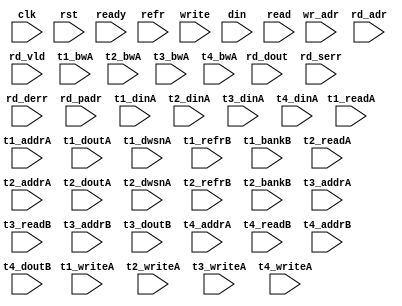
/*
 * Copyright (C) 2011 Memoir Systems Inc. These coded instructions, statements, and computer programs are
 * Confidential Proprietary Information of Memoir Systems Inc. and may not be disclosed to third parties
 * or copied in any form, in whole or in part, without the prior written consent of Memoir Systems Inc.
 * 
 * */

module algo_2r1w_a82_sva_wrap
#(parameter IP_WIDTH = 32, parameter IP_BITWIDTH = 5, parameter IP_DECCBITS = 7, parameter IP_NUMADDR = 8192, parameter IP_BITADDR = 13, 
parameter IP_NUMVBNK = 4,	parameter IP_BITVBNK = 2, parameter IP_BITPBNK = 3,
parameter IP_ENAEXT = 0, parameter IP_ENAECC = 0, parameter IP_ENAPAR = 0, parameter IP_SECCBITS = 4, parameter IP_SECCDWIDTH = 3, 
parameter FLOPECC = 0, parameter FLOPIN = 0, parameter FLOPOUT = 0, parameter FLOPCMD = 0, parameter FLOPMEM = 0,
parameter IP_REFRESH = 1, parameter IP_REFFREQ = 6,  parameter IP_REFFRHF = 0,

parameter T1_WIDTH = 32, parameter T1_NUMVBNK = 4, parameter T1_BITVBNK = 2, parameter T1_DELAY = 2, parameter T1_NUMVROW = 2048, parameter T1_BITVROW = 11,
parameter T1_BITWSPF = 0, parameter T1_NUMWRDS = 1, parameter T1_BITWRDS = 0, parameter T1_NUMSROW = 2048, parameter T1_BITSROW = 11, parameter T1_PHYWDTH = 32,

parameter T1_IP_WIDTH = 32, parameter T1_IP_BITWIDTH = 5, parameter T1_IP_NUMADDR = 2048, parameter T1_IP_BITADDR = 11, parameter T1_IP_NUMVBNK = 4, parameter T1_IP_BITVBNK = 2,
parameter T1_IP_SECCBITS = 4, parameter T1_IP_SECCDWIDTH = 2, parameter T1_FLOPIN = 0, parameter T1_FLOPOUT = 0, parameter T1_FLOPMEM = 0,
parameter T1_IP_REFRESH = 1, parameter T1_IP_REFFREQ = 21, parameter T1_IP_REFFRHF = 0, parameter T1_IP_BITPBNK = 2,

parameter T1_T1_WIDTH = 32, parameter T1_T1_NUMVBNK = 4, parameter T1_T1_BITVBNK = 2, parameter T1_T1_DELAY = 2, parameter T1_T1_NUMVROW = 512, parameter T1_T1_BITVROW = 9,
parameter T1_T1_BITWSPF = 0, parameter T1_T1_NUMWRDS = 1, parameter T1_T1_BITWRDS = 0, parameter T1_T1_NUMSROW = 512, parameter T1_T1_BITSROW = 9, parameter T1_T1_PHYWDTH = 32,
parameter T1_T1_NUMRBNK = 8, parameter T1_T1_BITRBNK = 3, parameter T1_T1_NUMRROW = 64, parameter T1_T1_BITRROW = 6, parameter T1_T1_NUMPROW = 512, parameter T1_T1_BITPROW = 9,
parameter T1_T1_BITDWSN = 8, 
parameter T1_T1_NUMDWS0 = 0, parameter T1_T1_NUMDWS1 = 0, parameter T1_T1_NUMDWS2 = 0, parameter T1_T1_NUMDWS3 = 0,
parameter T1_T1_NUMDWS4 = 0, parameter T1_T1_NUMDWS5 = 0, parameter T1_T1_NUMDWS6 = 0, parameter T1_T1_NUMDWS7 = 0,
parameter T1_T1_NUMDWS8 = 0, parameter T1_T1_NUMDWS9 = 0, parameter T1_T1_NUMDWS10 = 0, parameter T1_T1_NUMDWS11 = 0,
parameter T1_T1_NUMDWS12 = 0, parameter T1_T1_NUMDWS13 = 0, parameter T1_T1_NUMDWS14 = 0, parameter T1_T1_NUMDWS15 = 0,

parameter T1_T2_WIDTH = 32, parameter T1_T2_NUMVBNK = 4, parameter T1_T2_BITVBNK = 2, parameter T1_T2_DELAY = 2, parameter T1_T2_NUMVROW = 512, parameter T1_T2_BITVROW = 9,
parameter T1_T2_BITWSPF = 0, parameter T1_T2_NUMWRDS = 1, parameter T1_T2_BITWRDS = 1, parameter T1_T2_NUMSROW = 512, parameter T1_T2_BITSROW = 9, parameter T1_T2_PHYWDTH = 32,
parameter T1_T2_NUMRBNK = 8, parameter T1_T2_BITRBNK = 3, parameter T1_T2_NUMRROW = 64, parameter T1_T2_BITRROW = 6, parameter T1_T2_NUMPROW = 512, parameter T1_T2_BITPROW = 9,
//Not delcaring DWSN for T1_T2

parameter T3_WIDTH = 32, parameter T3_NUMVBNK = 6, parameter T3_BITVBNK = 3, parameter T3_DELAY = 1, parameter T3_NUMVROW = 2048, parameter T3_BITVROW = 11,
parameter T3_BITWSPF = 0, parameter T3_NUMWRDS = 1, parameter T3_BITWRDS = 0, parameter T3_NUMSROW = 2048, parameter T3_BITSROW = 11, parameter T3_PHYWDTH = 32,

parameter T2_WIDTH = 10, parameter T2_NUMVBNK = 6, parameter T2_BITVBNK = 3, parameter T2_DELAY = 1, parameter T2_NUMVROW = 2048, parameter T2_BITVROW = 11,
parameter T2_BITWSPF = 0, parameter T2_NUMWRDS = 1, parameter T2_BITWRDS = 0, parameter T2_NUMSROW = 2048, parameter T2_BITSROW = 11, parameter T2_PHYWDTH = 10)
( clk,  rst,  ready,  refr,
  write,   wr_adr,   din,
  read,   rd_adr,   rd_dout,   rd_vld,   rd_serr,   rd_derr,   rd_padr,
  t1_readA,   t1_writeA,   t1_addrA,   t1_dinA,   t1_bwA,   t1_doutA,   t1_dwsnA,
  t1_refrB,   t1_bankB,
  t2_readA,   t2_writeA,   t2_addrA,   t2_dinA,   t2_bwA,   t2_doutA,   t2_dwsnA,
  t2_refrB,   t2_bankB,
  t3_writeA,   t3_addrA,   t3_dinA,   t3_bwA,   
  t3_readB,   t3_addrB,   t3_doutB,
  t4_writeA,   t4_addrA,   t4_dinA,   t4_bwA,   
  t4_readB,   t4_addrB,   t4_doutB);
  
  
  parameter NUMRDPT = 2;
  parameter NUMRWPT = 0;
  parameter NUMWRPT = 1;
  
  parameter WIDTH = IP_WIDTH;
  parameter BITWDTH = IP_BITWIDTH;
  parameter ENAEXT = IP_ENAEXT;
  parameter ENAPAR = IP_ENAPAR;
  parameter ENAECC = IP_ENAECC;
  parameter ECCWDTH = IP_DECCBITS;
  parameter NUMADDR = IP_NUMADDR;
  parameter BITADDR = IP_BITADDR;
  parameter NUMVROW1 = T1_NUMVROW;  // ALGO1 Parameters
  parameter BITVROW1 = T1_BITVROW;
  parameter NUMVBNK1 = IP_NUMVBNK;
  parameter BITVBNK1 = IP_BITVBNK;
  parameter BITPBNK1 = IP_BITPBNK;
  parameter FLOPIN1 = FLOPIN;
  parameter FLOPOUT1 = FLOPOUT;
  parameter NUMWRDS1 = 1;     // ALIGN Parameters
  parameter BITWRDS1 = 0;
  parameter NUMSROW1 = T1_NUMSROW;
  parameter BITSROW1 = T1_BITVROW;
  parameter PHYWDTH1 = IP_WIDTH;
  parameter NUMVROW2 = T1_T1_NUMVROW;   // ALGO2 Parameters
  parameter BITVROW2 = T1_T1_BITVROW;
  parameter NUMVBNK2 = T1_IP_NUMVBNK;
  parameter BITVBNK2 = T1_IP_BITVBNK;
  parameter BITPBNK2 = T1_IP_BITPBNK;
  parameter FLOPIN2 = 1;
  parameter FLOPOUT2 = 1;
  parameter NUMWRDS2 = T1_T1_NUMWRDS;     // ALIGN Parameters
  parameter BITWRDS2 = T1_T1_BITWRDS;
  parameter NUMSROW2 = T1_T1_NUMSROW;
  parameter BITSROW2 = T1_T1_BITSROW;
  parameter PHYWDTH2 = T1_T1_PHYWDTH;
  parameter REFRESH = IP_REFRESH;      // REFRESH Parameters 
  parameter NUMRBNK = T1_T1_NUMRBNK;
  parameter BITWSPF = T1_T1_BITWSPF;
  parameter BITRBNK = T1_T1_BITRBNK;
  parameter REFLOPW = 0;
  parameter NUMRROW = T1_T1_NUMRROW;
  parameter BITRROW = T1_T1_BITRROW;
  parameter REFFREQ = IP_REFFREQ;
  parameter REFFRHF = IP_REFFRHF;
  
  parameter BITDWSN = T1_T1_BITDWSN;        //DWSN Parameters
  parameter NUMDWS0 = T1_T1_NUMDWS0;
  parameter NUMDWS1 = T1_T1_NUMDWS1;
  parameter NUMDWS2 = T1_T1_NUMDWS2;
  parameter NUMDWS3 = T1_T1_NUMDWS3;
  parameter NUMDWS4 = T1_T1_NUMDWS4;
  parameter NUMDWS5 = T1_T1_NUMDWS5;
  parameter NUMDWS6 = T1_T1_NUMDWS6;
  parameter NUMDWS7 = T1_T1_NUMDWS7;
  parameter NUMDWS8 = T1_T1_NUMDWS8;
  parameter NUMDWS9 = T1_T1_NUMDWS9;
  parameter NUMDWS10 = T1_T1_NUMDWS10;
  parameter NUMDWS11 = T1_T1_NUMDWS11;
  parameter NUMDWS12 = T1_T1_NUMDWS12;
  parameter NUMDWS13 = T1_T1_NUMDWS13;
  parameter NUMDWS14 = T1_T1_NUMDWS14;
  parameter NUMDWS15 = T1_T1_NUMDWS15;
  
  parameter ECCBITS = IP_SECCBITS;
  parameter SRAM_DELAY = T2_DELAY;
  parameter DRAM_DELAY = T1_T1_DELAY;

  parameter MEMWDTH = ENAEXT ? WIDTH : ENAPAR ? WIDTH+1 : ENAECC ? WIDTH+ECCWDTH : WIDTH;
  parameter BITPADR2 = BITPBNK2+BITSROW2+BITWRDS2;
  parameter BITPADR1 = BITPBNK1+BITPADR2+1;

  parameter SDOUT_WIDTH = 2*(BITVBNK1+1)+ECCBITS;
  parameter NUMCASH = NUMRDPT+NUMRWPT+NUMWRPT-1;

  input                                            refr;

  input  [NUMWRPT - 1:0]            write; 
  input  [NUMWRPT* BITADDR - 1:0]     wr_adr; 
  input  [NUMWRPT* WIDTH - 1:0]        din;

  input  [NUMRDPT - 1:0]             read; 
  input  [NUMRDPT* BITADDR - 1:0]     rd_adr; 
  input [NUMRDPT* WIDTH - 1:0]     rd_dout; 
  input [NUMRDPT - 1:0]             rd_vld; 
  input [NUMRDPT - 1:0]             rd_serr; 
  input [NUMRDPT - 1:0]             rd_derr; 
  input [NUMRDPT* BITPADR1 - 1:0]     rd_padr;

  input                         ready;
  input                          clk, rst;

  input [NUMVBNK1*NUMVBNK2-1:0] t1_readA;
  input [NUMVBNK1*NUMVBNK2-1:0] t1_writeA;
  input [NUMVBNK1*NUMVBNK2*BITSROW2-1:0] t1_addrA;
  input [NUMVBNK1*NUMVBNK2*BITDWSN-1:0] t1_dwsnA;
  input [NUMVBNK1*NUMVBNK2*PHYWDTH2-1:0] t1_bwA;
  input [NUMVBNK1*NUMVBNK2*PHYWDTH2-1:0] t1_dinA;
  input [NUMVBNK1*NUMVBNK2*PHYWDTH2-1:0] t1_doutA;
  input [NUMVBNK1*NUMVBNK2-1:0] t1_refrB;
  input [NUMVBNK1*NUMVBNK2*BITRBNK-1:0] t1_bankB;

  input [NUMVBNK1-1:0] t2_readA;
  input [NUMVBNK1-1:0] t2_writeA;
  input [NUMVBNK1*BITSROW2-1:0] t2_addrA;
  input [NUMVBNK1*BITDWSN-1:0] t2_dwsnA;
  input [NUMVBNK1*PHYWDTH2-1:0] t2_bwA;
  input [NUMVBNK1*PHYWDTH2-1:0] t2_dinA;
  input [NUMVBNK1*PHYWDTH2-1:0] t2_doutA;
  input [NUMVBNK1-1:0] t2_refrB;
  input [NUMVBNK1*BITRBNK-1:0] t2_bankB;

  parameter SHORTWR = 3;
  input [SHORTWR*NUMCASH*(NUMRWPT+NUMWRPT)-1:0] t3_writeA;
  input [SHORTWR*NUMCASH*(NUMRWPT+NUMWRPT)*BITVROW1-1:0] t3_addrA;
  input [SHORTWR*NUMCASH*(NUMRWPT+NUMWRPT)*SDOUT_WIDTH-1:0] t3_dinA;
  input [SHORTWR*NUMCASH*(NUMRWPT+NUMWRPT)*SDOUT_WIDTH-1:0] t3_bwA;
  input [NUMCASH*(NUMRDPT+NUMRWPT+NUMWRPT)-1:0] t3_readB;
  input [NUMCASH*(NUMRDPT+NUMRWPT+NUMWRPT)*BITVROW1-1:0] t3_addrB;
  input  [NUMCASH*(NUMRDPT+NUMRWPT+NUMWRPT)*SDOUT_WIDTH-1:0] t3_doutB;

  input [SHORTWR*NUMCASH*(NUMRWPT+NUMWRPT)-1:0] t4_writeA;
  input [SHORTWR*NUMCASH*(NUMRWPT+NUMWRPT)*BITVROW1-1:0] t4_addrA;
  input [SHORTWR*NUMCASH*(NUMRWPT+NUMWRPT)*WIDTH-1:0] t4_dinA;
  input [SHORTWR*NUMCASH*(NUMRWPT+NUMWRPT)*WIDTH-1:0] t4_bwA;
  input [NUMCASH*(NUMRDPT+NUMRWPT+NUMWRPT)-1:0] t4_readB;
  input [NUMCASH*(NUMRDPT+NUMRWPT+NUMWRPT)*BITVROW1-1:0] t4_addrB;
  input  [NUMCASH*(NUMRDPT+NUMRWPT+NUMWRPT)*WIDTH-1:0] t4_doutB;
  

endmodule    //algo_2r1w_a82_sva_wrap